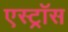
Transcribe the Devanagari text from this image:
एस्ट्रॉस